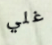
غلي